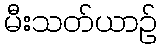
မီးသတ်ယာဉ်